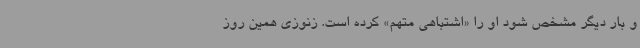
و بار دیگر مشخص شود او را «اشتباهی متهم» کرده است. زنوزی همین روز